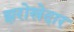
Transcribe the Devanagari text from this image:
झरोखेदार